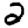
Digit: 2